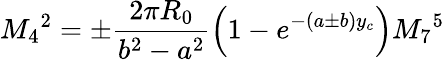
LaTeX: M_{4}{}^{2}=\pm\frac{2\pi R_{0}}{b^{2}-a^{2}}\left(1-e^{-(a\pm b)y_{c}}\right)M_{7}{}^{5}